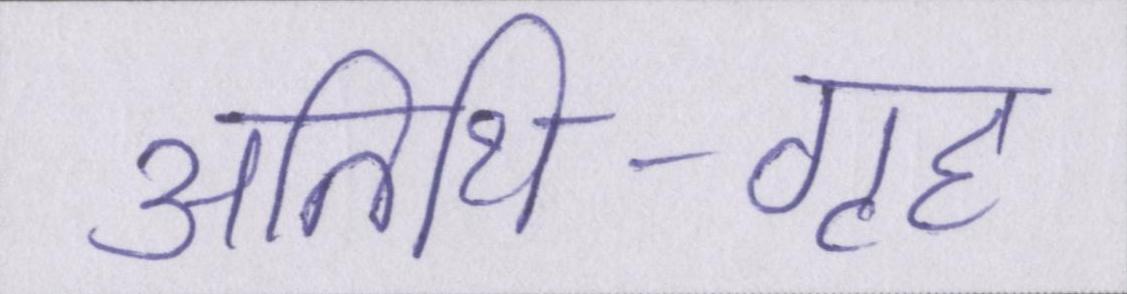
अतिथि-गृह